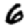
Digit: 6